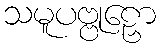
သမူပဗ္ဗုဠှော